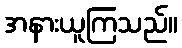
အနားယူကြသည်။